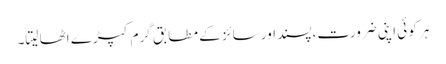
ہر کوئی اپنی ضرورت،پسند اور سائز کے مطابق گرم کپڑے اٹھا لیتا۔